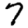
Digit: 7